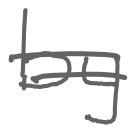
Text: by
Cross-out: double-line
Writing tool: digital_gray